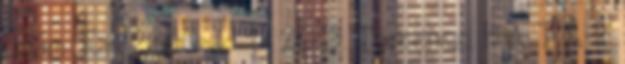
Szám: Ea: 2810-4 1 2013. Törkenczi H A T Á R